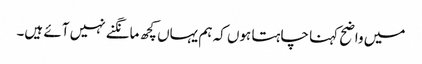
میں واضح کہنا چاہتا ہوں کہ ہم یہاں کچھ مانگنے نہیں آئے ہیں۔